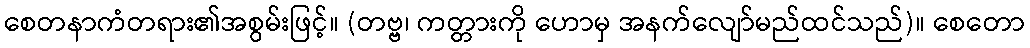
စေတနာကံတရား၏အစွမ်းဖြင့်။ (တဗ္ဗ၊ ကတ္တားကို ဟောမှ အနက်လျော်မည်ထင်သည်)။ စေတော